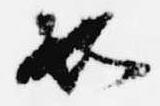
如